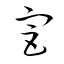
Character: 宮